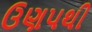
ઉણપથી